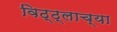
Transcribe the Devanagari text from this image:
विठ्ठ्लाच्या